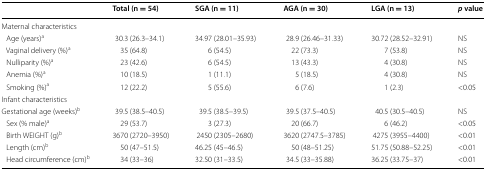
|  | Total (n = 54) | SGA (n = 11) | AGA (n = 30) | LGA (n = 13) | p value |
 | --- | --- | --- | --- | --- | --- |
 | <COLSPAN=6> Maternal characteristics |
 | Age (years)a | 30.3 (26.3–34.1) | 34.97 (28.01–35.93) | 28.9 (26.46–31.33) | 30.72 (28.52–32.91) | NS |
 | Vaginal delivery (%)a | 35 (64.8) | 6 (54.5) | 22 (73.3) | 7 (53.8) | NS |
 | Nulliparity (%)a | 23 (42.6) | 6 (54.5) | 13 (43.3) | 4 (30.8) | NS |
 | Anemia (%)a | 10 (18.5) | 1 (11.1) | 5 (18.5) | 4 (30.8) | NS |
 | Smoking (%)a | 12 (22.2) | 5 (55.6) | 6 (7.6) | 1 (2.3) | <0.05 |
 | <COLSPAN=6> Infant characteristics |
 | Gestational age (weeks)b | 39.5 (38.5–40.5) | 39.5 (38.5–39.5) | 39.5 (37.5–40.5) | 40.5 (30.5–40.5) | NS |
 | Sex (% male)a | 29 (53.7) | 3 (27.3) | 20 (66.7) | 6 (46.2) | <0.05 |
 | Birth WEIGHT (g)b | 3670 (2720–3950) | 2450 (2305–2680) | 3620 (2747.5–3785) | 4275 (3955–4400) | <0.01 |
 | Length (cm)b | 50 (47–51.5) | 46.25 (45–46.5) | 50 (48–51.25) | 51.75 (50.88–52.25) | <0.01 |
 | Head circumference (cm)b | 34 (33–36) | 32.50 (31–33.5) | 34.5 (33–35.88) | 36.25 (33.75–37) | <0.01 |